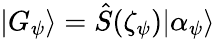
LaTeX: |G_{\psi}\rangle=\hat{S}(\zeta_{\psi})|\alpha_{\psi}\rangle